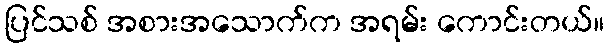
ပြင်သစ် အစားအသောက်က အရမ်း ကောင်းတယ်။